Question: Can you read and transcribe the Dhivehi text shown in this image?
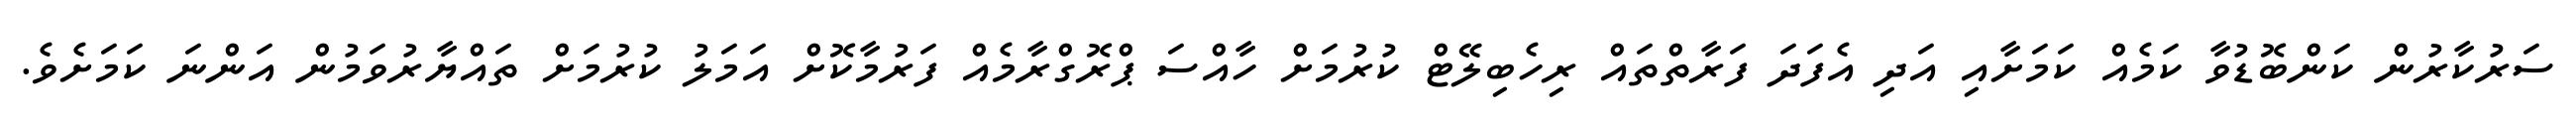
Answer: ސަރުކާރުން ކަންބޮޑުވާ ކަމެއް ކަމަށާއި އަދި އެފަދަ ފަރާތްތައް ރިހެބިލޭޓް ކުރުމަށް ހާއްސަ ޕްރޮގްރާމެއް ފަރުމާކޮށް އަމަލު ކުރުމަށް ތައްޔާރުވަމުން އަންނަ ކަމަށެވެ.